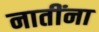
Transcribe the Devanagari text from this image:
नातींना